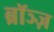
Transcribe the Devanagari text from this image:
ब्रॉञ्ज़